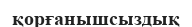
қорғанышсыздық